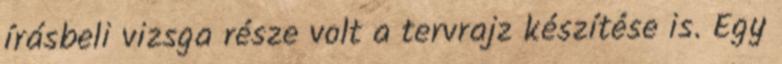
írásbeli vizsga része volt a tervrajz készítése is. Egy